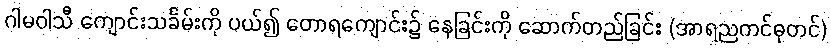
ဂါမဝါသီ ကျောင်းသင်္ခမ်းကို ပယ်၍ တောရကျောင်း၌ နေခြင်းကို ဆောက်တည်ခြင်း (အာရညကင်ဓုတင်)